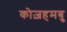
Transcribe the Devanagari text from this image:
कोज़हमबु